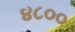
૪૮૦૦